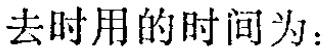
去时用的时间为：